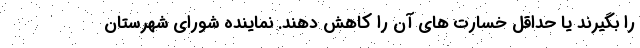
را بگیرند یا حداقل خسارت های آن را کاهش دهند. نماینده شورای شهرستان